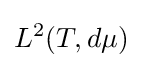
L^{2}(T,d\mu )